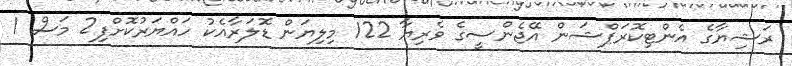
ރަޝިޔާގެ އެންޓިކޮރަޕްޝަން އޭޖެންސީގެ ވެރިޔާ 122 މިލިޔަން ޑޮލަރާއެކު ހައްޔަރުކޮށްފި2 މަސް 1